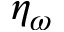
\eta _ { \omega }